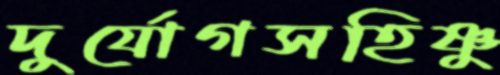
দুর্যোগসহিষ্ণু